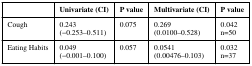
<table><thead><tr><td></td><td><b>Univariate (CI)</b></td><td><b>P value</b></td><td><b>Multivariate (CI)</b></td><td><b>P value</b></td></tr></thead><tbody><tr><td>Cough</td><td>0.243(−0.253–0.511)</td><td>0.075</td><td>0.269(0.0100–0.528)</td><td>0.042n=50</td></tr><tr><td>Eating Habits</td><td>0.049(−0.001–0.100)</td><td>0.057</td><td>0.0541(0.00476–0.103)</td><td>0.032n=37</td></tr></tbody></table>